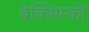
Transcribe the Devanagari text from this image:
बेक्सिम्को